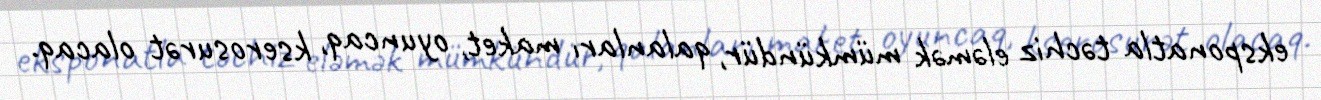
eksponatla təchiz eləmək mümkündür, qalanları maket, oyuncaq, kserosurət olacaq.